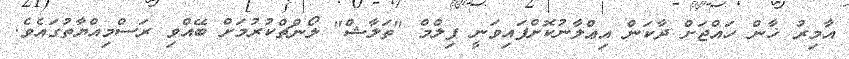
އާމިރު ޚާން ހައްޖަށް ދާކަން އިޢްލާނުކޮށްފައިވަނީ ފިލްމް "ތަލާޝް" ލޯންޗްކުރުމަށް ބޭއްވި ރަސްމިއްޔާތުގައެވެ.